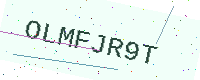
Text: OLMFJR9T